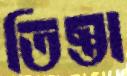
তিস্তা